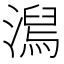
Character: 澙